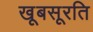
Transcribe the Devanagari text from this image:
खूबसूरति